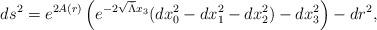
LaTeX: \begin{align*}ds^2 = e^{2A(r)}\left( e^{-2 \sqrt{\bar\Lambda} x_3}(dx_0^2 - dx_1^2 -dx_2^2) - dx_3^2 \right) - dr^2,\end{align*}